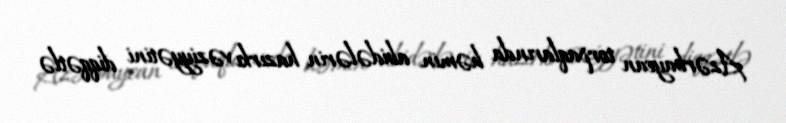
Azərbaycan torpaqlarında həmin abidələrin hazırkı vəziyyətini diqqətlə